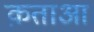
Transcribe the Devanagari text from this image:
क़ताआ